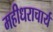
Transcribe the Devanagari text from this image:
महीधराचार्य